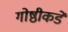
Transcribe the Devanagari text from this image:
गोष्ठीकडे